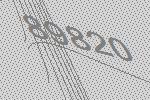
89820